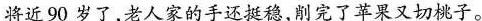
将近90岁了，老人家的手还挺稳，削完了苹果又切桃子。